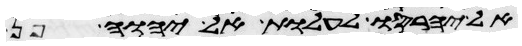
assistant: אל יחרסו לעלות אל יהוה פן